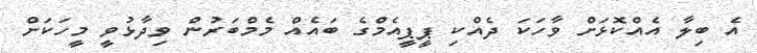
އެ ބިލާ އެއްކޮޅަށް ވާހަކަ ދެއްކި ޕީޕީއެމްގެ ބައެއް މެމްބަރުން ވިދާޅުވީ މީހަކަށް